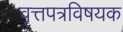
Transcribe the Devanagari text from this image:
वृत्तपत्रविषयक